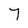
Character: 7